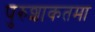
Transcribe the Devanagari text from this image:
पुरुशाकतमा